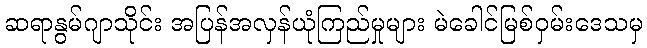
ဆရာနွမ်ဂျာသိုင်း အပြန်အလှန်ယုံကြည်မှုများ မဲခေါင်မြစ်ဝှမ်းဒေသမှ